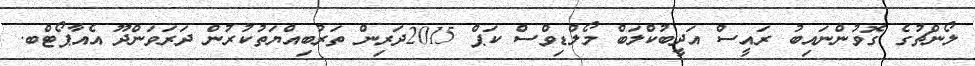
ލޯންޗުގެ ގޮވުންނައިބު ރައީސް އަދީބުކްލަބް މޯލްޑިވްސް ކަޕް 2015ދަރިން ތަރުބިއްޔަތުކުރުން ދަރަވަންދޫ އެއާޕޯޓްބ.